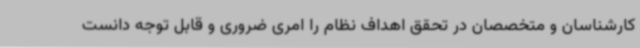
کارشناسان و متخصصان در تحقق اهداف نظام را امری ضروری و قابل توجه دانست